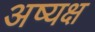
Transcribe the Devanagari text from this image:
अष्यक्ष